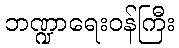
ဘဏ္ဍာရေးဝန်ကြီး